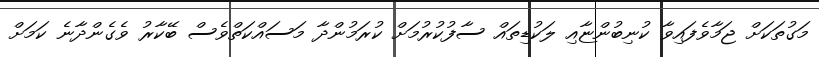
މަގުތަކަށް ޖަމާވެފައިވާ ކުނިބުންޏާއި ލަކުޑިތައް ސާފުކުރުމަށް ކުރަމުންދާ މަސައްކަތްވެސް ބޭކާރު ވެގެންދާނެ ކަމަށް